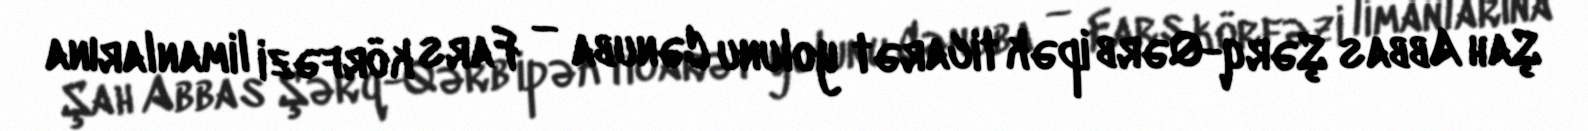
Şah Abbas Şərq-Qərb ipək ticarət yolunu Cənuba — Fars körfəzi limanlarına